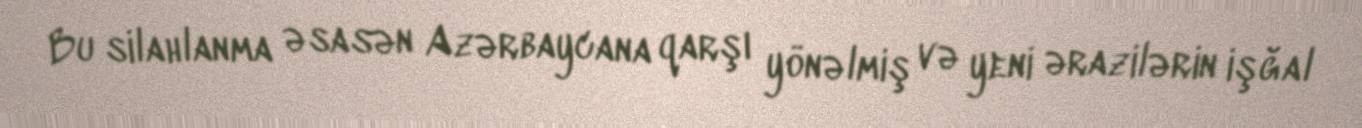
Bu silahlanma əsasən Azərbaycana qarşı yönəlmiş və yeni ərazilərin işğal